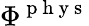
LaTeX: \Phi^{\mathrm{~p~h~y~s~}}